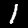
Label: 1